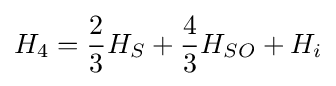
H_{4}={2 \over 3}H_{S}+{4 \over 3}H_{SO}+H_{i}